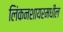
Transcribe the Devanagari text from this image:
लिंकनशायरमधील